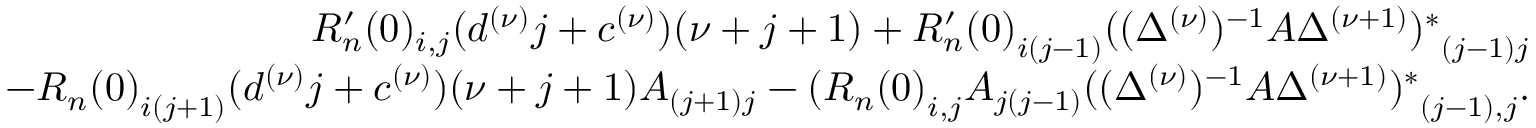
\begin{array} { r l r } & { } & { R _ { n } ^ { \prime } ( 0 ) _ { i , j } ( d ^ { ( \nu ) } j + c ^ { ( \nu ) } ) ( \nu + j + 1 ) + { R _ { n } ^ { \prime } ( 0 ) } _ { i ( j - 1 ) } { ( ( \Delta ^ { ( \nu ) } ) ^ { - 1 } A \Delta ^ { ( \nu + 1 ) } ) ^ { \ast } } _ { ( j - 1 ) j } } \\ & { } & { - { R _ { n } ( 0 ) } _ { i ( j + 1 ) } ( d ^ { ( \nu ) } j + c ^ { ( \nu ) } ) ( \nu + j + 1 ) A _ { ( j + 1 ) j } - ( { R _ { n } ( 0 ) } _ { i , j } A _ { j ( j - 1 ) } { ( ( \Delta ^ { ( \nu ) } ) ^ { - 1 } A \Delta ^ { ( \nu + 1 ) } ) ^ { \ast } } _ { ( j - 1 ) , j } . } \end{array}